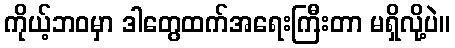
ကိုယ့်ဘဝမှာ ဒါတွေထက်အရေးကြီးတာ မရှိလို့ပဲ။